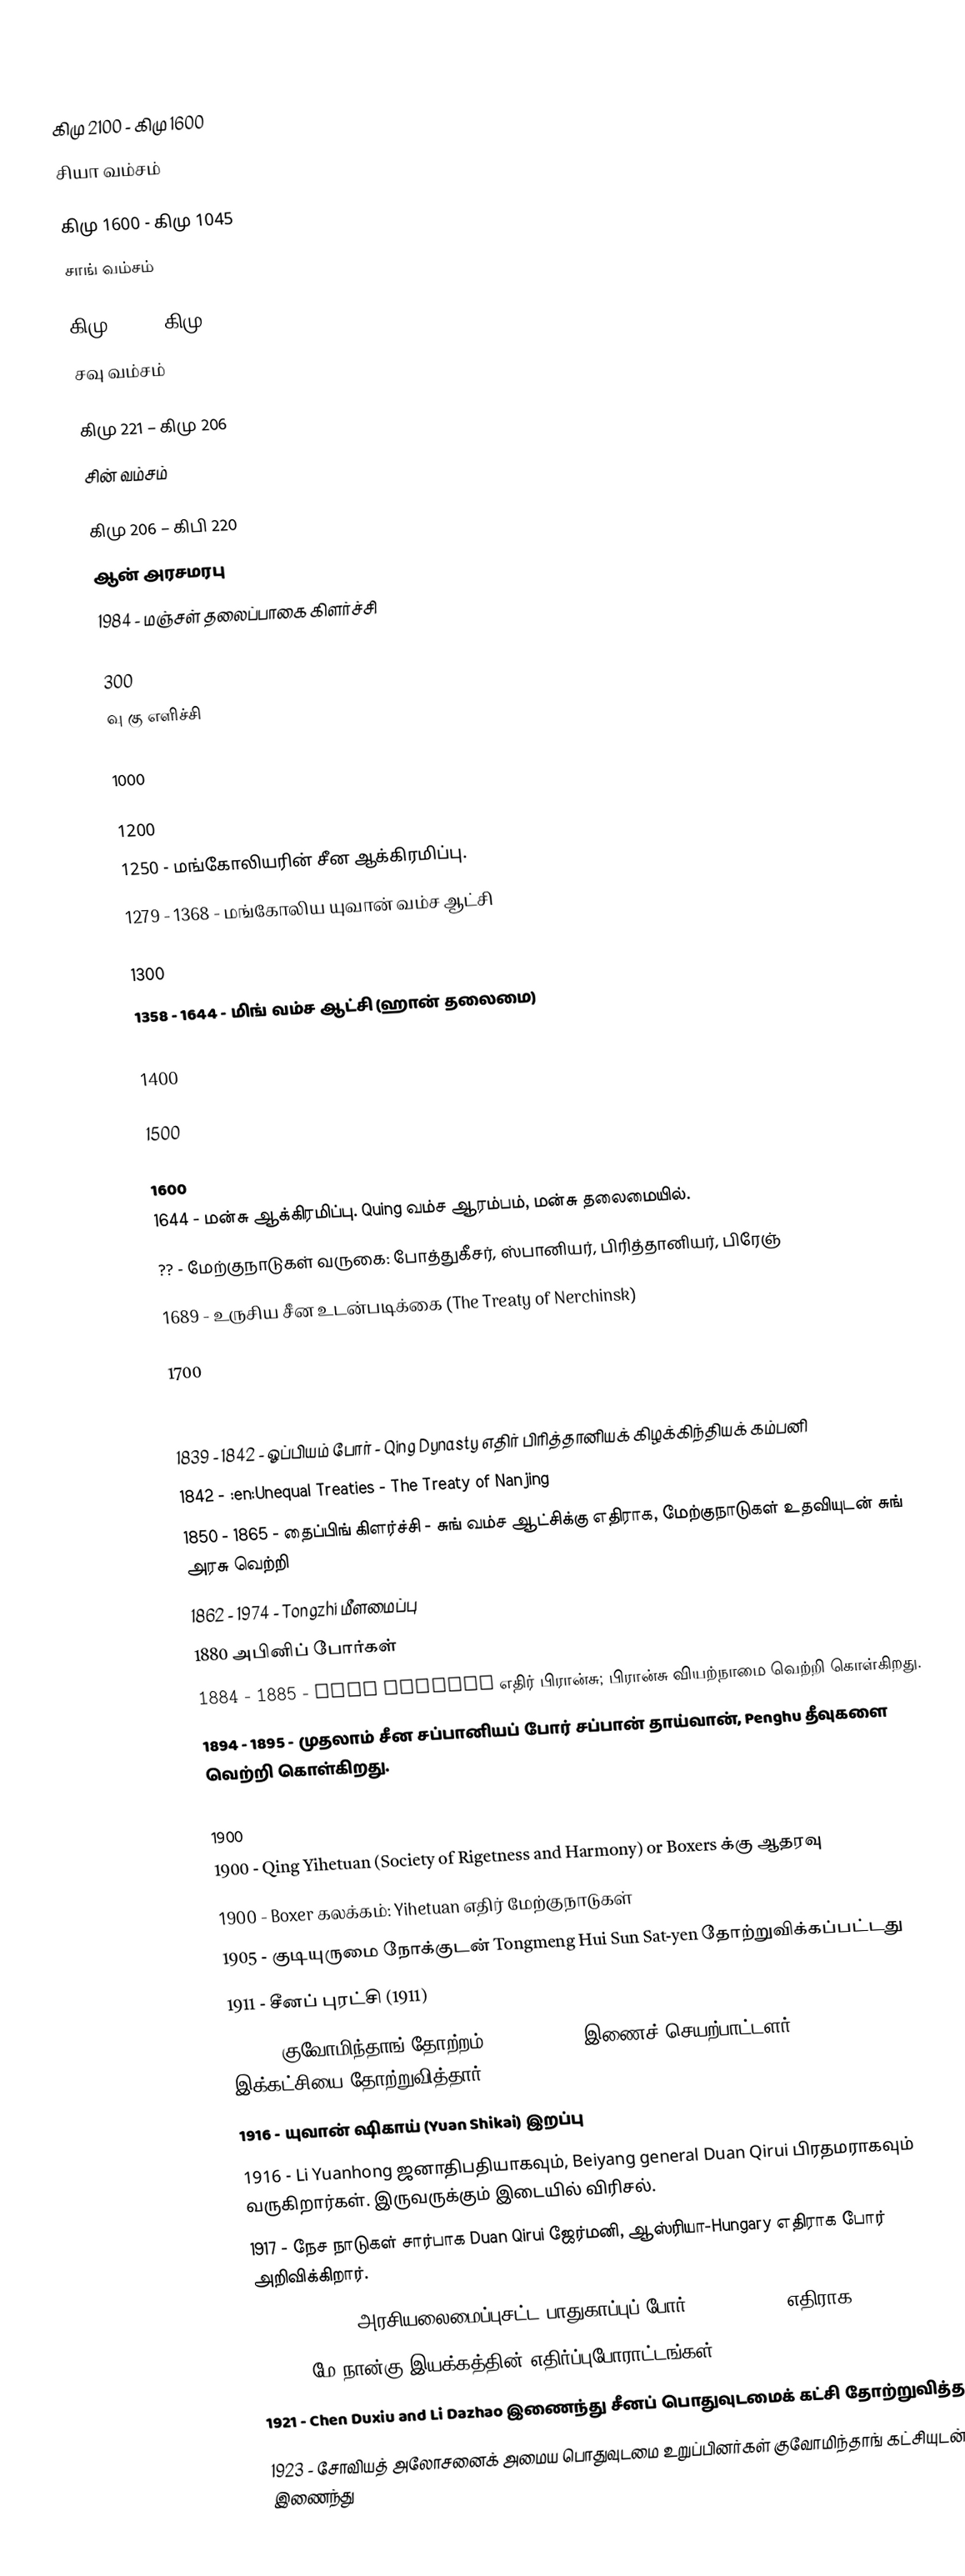

கிமு 2100  -  கிமு 1600
 சியா வம்சம்

கிமு 1600 - கிமு 1045
 சாங் வம்சம்

கிமு 1045 – கிமு 256
 சவு வம்சம்

கிமு 221 – கிமு 206
 சின் வம்சம்

கிமு 206 – கிபி 220
 ஆன் அரசமரபு
 1984 - மஞ்சள் தலைப்பாகை கிளர்ச்சி

300
 வு கு எளிச்சி

1000

1200
 1250 - மங்கோலியரின் சீன ஆக்கிரமிப்பு.
 1279 - 1368 - மங்கோலிய யுவான் வம்ச ஆட்சி

1300
 1358 - 1644 - மிங் வம்ச ஆட்சி (ஹான் தலைமை)

1400

1500

1600
 1644 - மன்சு ஆக்கிரமிப்பு.  Quing வம்ச ஆரம்பம், மன்சு தலைமையில்.
 ?? - மேற்குநாடுகள் வருகை: போத்துகீசர், ஸ்பானியர், பிரித்தானியர், பிரேஞ்
 1689 - உருசிய சீன உடன்படிக்கை (The Treaty of  Nerchinsk)

1700

1800
 1839 - 1842 - ஓப்பியம் போர் - Qing Dynasty எதிர் பிரித்தானியக் கிழக்கிந்தியக் கம்பனி
 1842 - :en:Unequal Treaties - The Treaty of Nanjing
 1850 - 1865 - தைப்பிங் கிளர்ச்சி - சுங் வம்ச ஆட்சிக்கு எதிராக, மேற்குநாடுகள் உதவியுடன் சுங் அரசு வெற்றி
 1862 - 1974 -  Tongzhi மீளமைப்பு
 1880 அபினிப் போர்கள்
 1884 - 1885 -  Qing Dynasty எதிர் பிரான்சு; பிரான்சு வியற்நாமை வெற்றி கொள்கிறது.
 1894 - 1895 -  முதலாம் சீன சப்பானியப் போர் சப்பான் தாய்வான், Penghu தீவுகளை வெற்றி கொள்கிறது.

1900
 1900 - Qing Yihetuan (Society of Rigetness and Harmony) or Boxers க்கு ஆதரவு
 1900 - Boxer கலக்கம்: Yihetuan எதிர் மேற்குநாடுகள்
 1905 - குடியுருமை நோக்குடன் Tongmeng Hui Sun Sat-yen தோற்றுவிக்கப்பட்டது
 1911 - சீனப் புரட்சி (1911)
 1912 - குவோமிந்தாங் தோற்றம்.   Sun Sat-yen இணைச் செயற்பாட்டளர் Song Jiaoren இக்கட்சியை தோற்றுவித்தார்.
 1916 - யுவான் ஷிகாய் (Yuan Shikai) இறப்பு
 1916 -  Li Yuanhong ஜனாதிபதியாகவும், Beiyang general Duan Qirui பிரதமராகவும் வருகிறார்கள்.  இருவருக்கும் இடையில் விரிசல்.
 1917 - நேச நாடுகள் சார்பாக Duan Qirui  ஜேர்மனி, ஆஸ்ரியா-Hungary எதிராக போர் அறிவிக்கிறார்.
 1917 - 1918 - அரசியலைமைப்புசட்ட பாதுகாப்புப் போர் -  Duan Qirui எதிராக Sun Sat-yen
 1919 - மே நான்கு இயக்கத்தின் எதிர்ப்புபோராட்டங்கள்
 1921 - Chen Duxiu and Li Dazhao இணைந்து சீனப் பொதுவுடமைக் கட்சி தோற்றுவித்தனர்.
 1923 - சோவியத் அலோசனைக் அமைய பொதுவுடமை உறுப்பினர்கள் குவோமிந்தாங் கட்சியுடன் இணைந்து